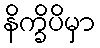
နိက္ခိပိမှာ